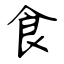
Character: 食